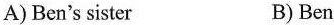
A) Ben's sister B) Ben